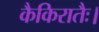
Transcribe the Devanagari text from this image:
कैकिरातैः।